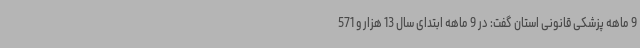
9 ماهه پزشکی قانونی استان گفت: در 9 ماهه ابتدای سال 13 هزار و 571